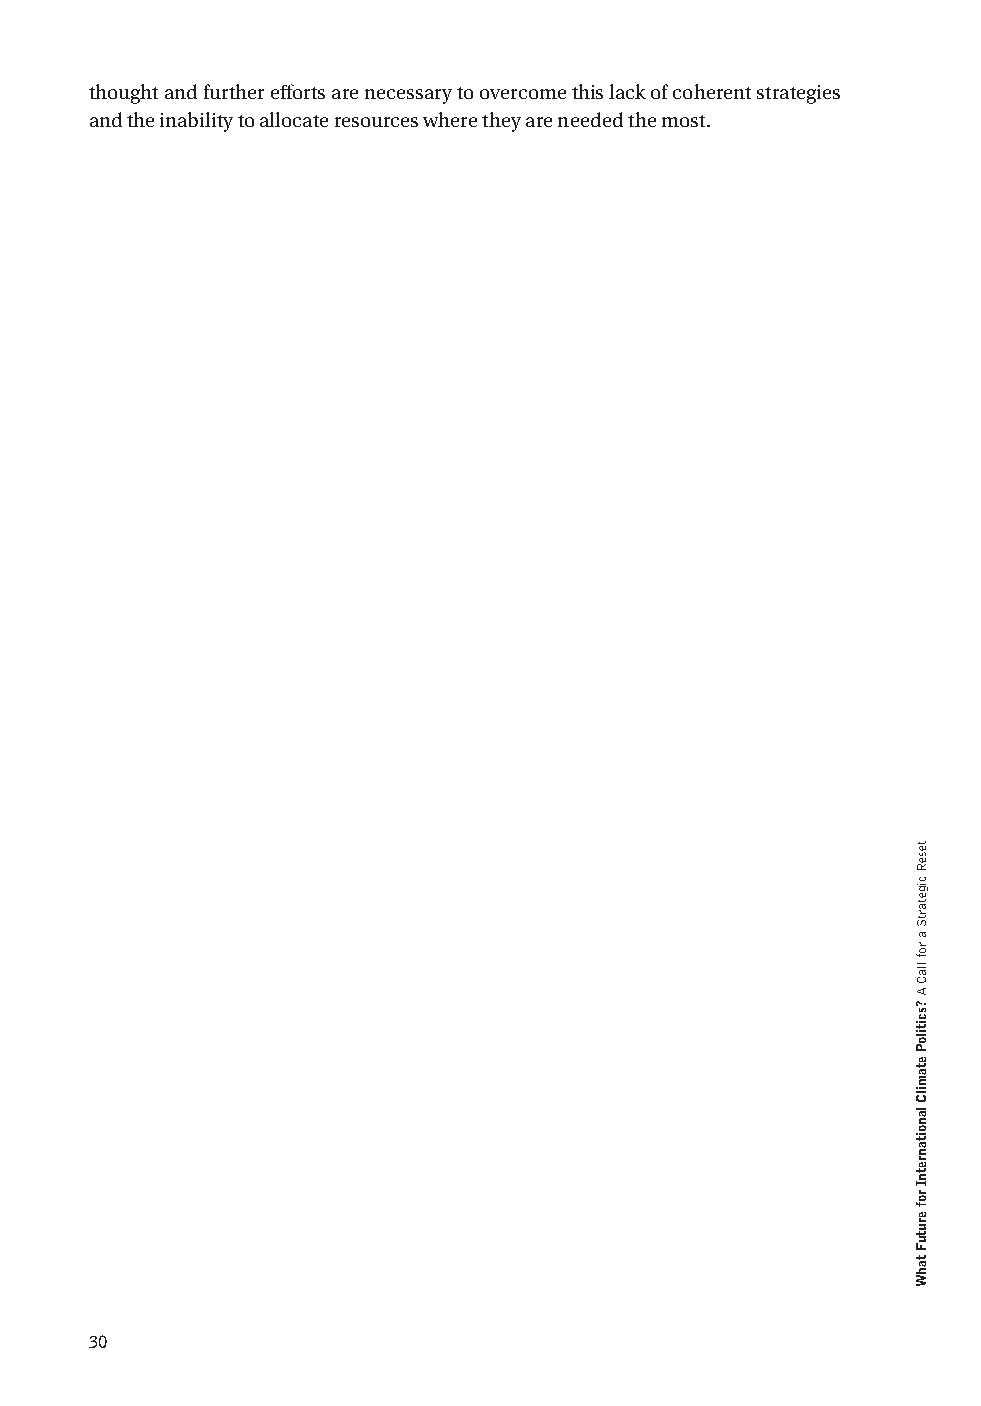
thought and further efforts are necessary to overcome this lack of coherent strategies
 and the inability to allocate resources where they are needed the most.
 30
 teseR
 cigetartS
 a
 rof
 llaC
 A
 ?scitiloP
 etamilC
 lanoitanretnI
 rof
 erutuF
 tahW